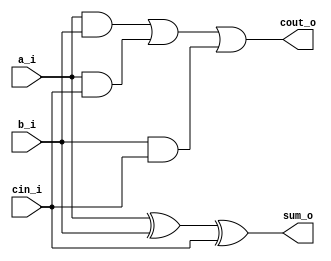
module SingleBitFA(
    input a_i,
    input b_i,
    input cin_i,

    output sum_o,
    output cout_o
    );

    assign sum_o = a_i ^ b_i ^ cin_i;
    assign cout_o = a_i & b_i | a_i & cin_i | b_i & cin_i;

endmodule

module Adder16Bit(
    input [15:0] a16_i,
    input [15:0] b16_i,
    input cin16_i,

    output [15:0] sum16_o,
    output cout16_o
    );

    wire [16:0] carry;
    assign carry[0] = cin16_i;
    assign cout16_o = carry[16];

    genvar i;

    generate 
        for (i = 0; i < 16; i = i + 1) begin
            SingleBitFA fa_inst(
                .a_i(a16_i[i]),
                .b_i(b16_i[i]),
                .cin_i(carry[i]),
                .sum_o(sum16_o[i]),
                .cout_o(carry[i+1])
            );
        end
    endgenerate

endmodule

module Adder10Bit(
    input [9:0] a10_i,
    input [9:0] b10_i,
    input cin10_i,

    output [9:0] sum10_o,
    output cout10_o
    );

    wire [10:0] carry;
    assign carry[0] = cin10_i;
    assign cout10_o = carry[10];

    genvar i;

    generate 
        for (i = 0; i < 10; i = i + 1) begin
            SingleBitFA fa_inst(
                .a_i(a10_i[i]),
                .b_i(b10_i[i]),
                .cin_i(carry[i]),
                .sum_o(sum10_o[i]),
                .cout_o(carry[i+1])
            );
        end
    endgenerate

endmodule